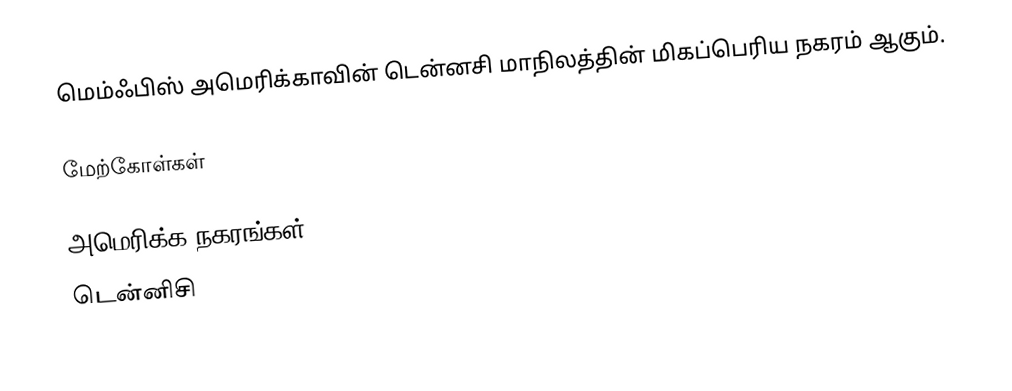
மெம்ஃபிஸ் அமெரிக்காவின் டென்னசி மாநிலத்தின் மிகப்பெரிய நகரம் ஆகும்.

மேற்கோள்கள்

அமெரிக்க நகரங்கள்
டென்னிசி